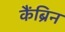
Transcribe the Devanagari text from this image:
कैंब्रिन